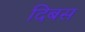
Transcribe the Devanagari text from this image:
दिबस